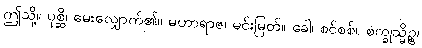
ဤသို့။ ပုစ္ဆိ၊ မေးလျှောက်၏။ မဟာရာဇ၊ မင်းမြတ်။ ခေါ၊ စင်စစ်။ စက္ခုသ္မိဉ္စ၊